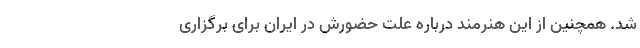
شد. همچنین از این هنرمند درباره علتِ حضورش در ایران برای برگزاری